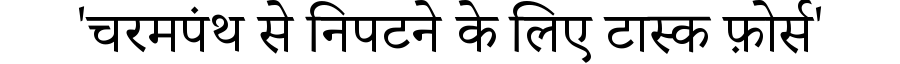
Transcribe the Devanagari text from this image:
'चरमपंथ से निपटने के लिए टास्क फ़ोर्स'